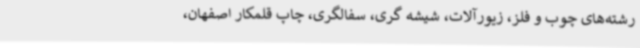
رشته‌های چوب و فلز، زیورآلات، شیشه گری، سفالگری، چاپ قلمکار اصفهان،